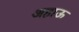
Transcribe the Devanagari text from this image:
अहाऊ